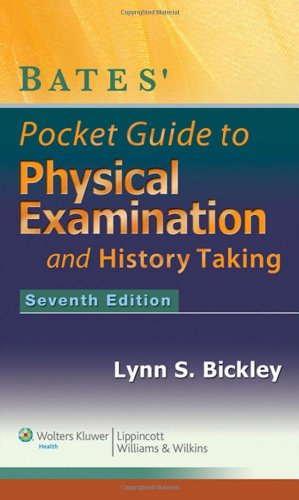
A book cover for Bates' Pocket Guide to Physical Examination and History Taking; Lynn S. Bickley MD; Medical Books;